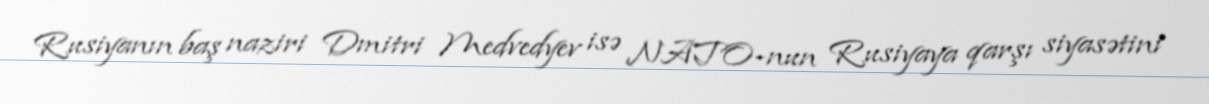
Rusiyanın baş naziri Dmitri Medvedyev isə NATO-nun Rusiyaya qarşı siyasətini